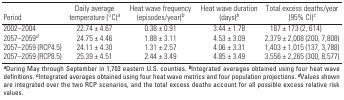
| Period | Daily average temperature (°C)a | Heat wave frequency (episodes/year)b | Heat wave duration (days)b | Total excess deaths/year (95% CI)c |
 | --- | --- | --- | --- | --- |
 | 2002–2004 | 22.74 ± 4.67 | 0.38 ± 0.91 | 3.44 ± 1.78 | 187 ± 173 (2, 614) |
 | 2057–2059d | 24.75 ± 4.46 | 1.88 ± 3.11 | 4.53 ± 3.09 | 2,379 ± 2,008 (200, 7,808) |
 | 2057–2059 (RCP4.5) | 24.11 ± 4.30 | 1.31 ± 2.57 | 4.06 ± 3.31 | 1,403 ± 1,015 (137, 3,788) |
 | 2057–2059 (RCP8.5) | 25.39 ± 4.51 | 2.44 ± 3.49 | 4.85 ± 3.49 | 3,556 ± 2,265 (300, 8,577) |